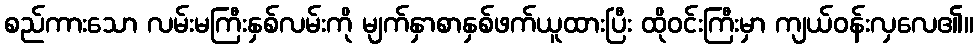
စည်ကားသော လမ်းမကြီးနှစ်လမ်းကို မျက်နှာစာနှစ်ဖက်ယူထားပြီး ထိုဝင်းကြီးမှာ ကျယ်ဝန်းလှလေ၏။